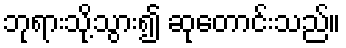
ဘုရားသို့သွား၍ ဆုတောင်းသည်။